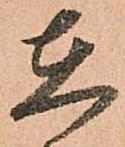
在